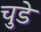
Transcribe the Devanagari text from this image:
चुडे